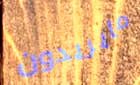
مايريدون